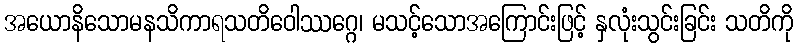
အယောနိသောမနသိကာရသတိဝေါဿဂ္ဂေ၊ မသင့်သောအကြောင်းဖြင့် နှလုံးသွင်းခြင်း သတိကို